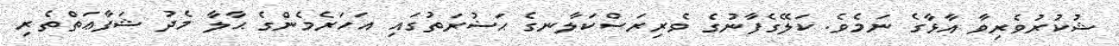
ޝުކުރުވެރިވާ އާޅާގެ ނަމެވެ. ކަލޭގެފާނުގެ ވެރިރަސްކަލާނގެ ޙަޟުރަތުގައި އަހަރެމެންގެ ޙާލާ މެދު ޝަފާޢަތްތެރި